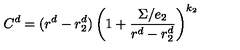
C ^ { d } = ( r ^ { d } - r _ { 2 } ^ { d } ) \left( 1 + { \frac { \Sigma / e _ { 2 } } { r ^ { d } - r _ { 2 } ^ { d } } } \right) ^ { k _ { 2 } }